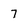
Character: 7